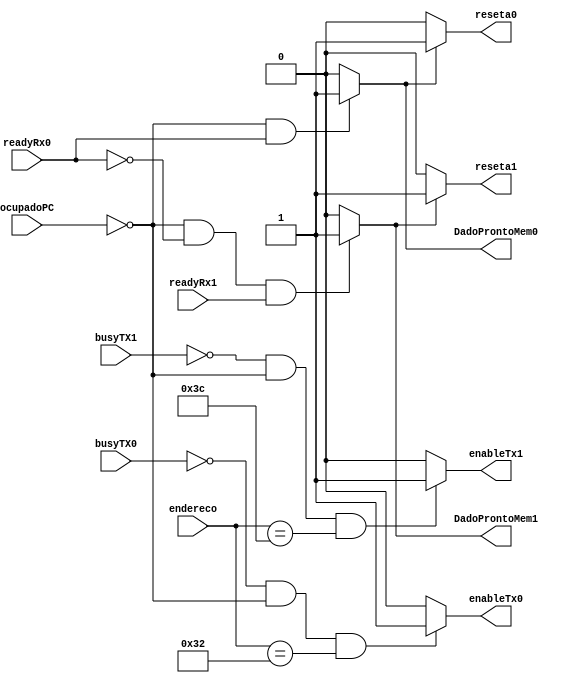
module arbitro(

	input [31:0] endereco,
	input readyRx0, readyRx1, busyTX0, busyTX1,ocupadoPC,
	output enableTx0, enableTx1, reseta0, reseta1,DadoProntoMem0,DadoProntoMem1
);

assign enableTx0 = (!busyTX0 & !ocupadoPC & (endereco == 32'd50))? 1:0; //informa dado pronto 
assign DadoProntoMem0 = (!ocupadoPC & readyRx0)? 1:0; //verifica se o dado ta pronto 

assign reseta0 = (DadoProntoMem0)? 1:0; //reseta apos o arbitro tiver ok


assign enableTx1 = (!busyTX1 & !ocupadoPC & (endereco == 32'd60))? 1:0;
assign DadoProntoMem1 = (!ocupadoPC &!readyRx0 &readyRx1)? 1:0; //dado pronto veriicar se ata ocupado

assign reseta1 = (DadoProntoMem1)? 1:0; //reseta

endmodule